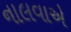
નાલવાએ